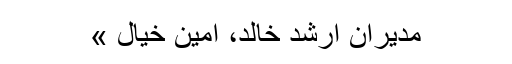
مدیران ارشد خالد، امین خیال »